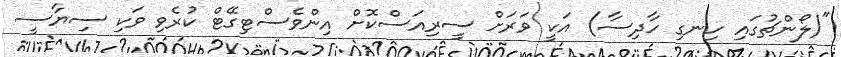
"(ލޯންޗުގައި ހިނގި ހާދިސާ) އަކީ ވަރަށް ސީރިއަސްކޮށް އިންވެސްޓިގޭޓް ކުރެވި ވަކި ސިޔާސީ